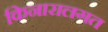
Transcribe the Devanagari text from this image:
किनारालगत